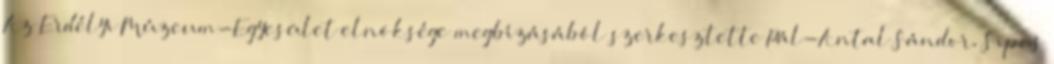
Az Erdélyi Múzeum-Egyesület elnöksége megbízásából szerkesztette Pál-Antal Sándor, Sipos